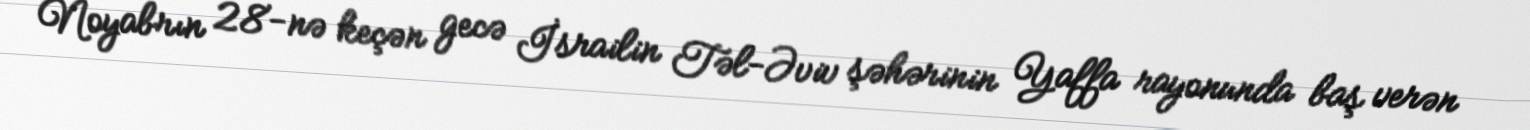
Noyabrın 28-nə keçən gecə İsrailin Təl-Əviv şəhərinin Yaffa rayonunda baş verən